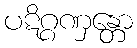
ပဋိဂ္ဂဏှန္တော